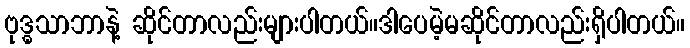
ဗုဒ္ဓသာဘာနဲ့ ဆိုင်တာလည်းများပါတယ်။ဒါပေမဲ့မဆိုင်တာလည်းရှိပါတယ်။